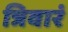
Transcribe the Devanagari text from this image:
त्रिवारं